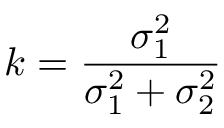
k = \frac { \sigma _ { 1 } ^ { 2 } } { \sigma _ { 1 } ^ { 2 } + \sigma _ { 2 } ^ { 2 } }